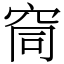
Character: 䆚